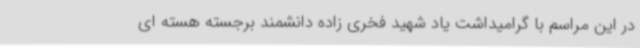
در این مراسم با گرامیداشت یاد شهید فخری زاده دانشمند برجسته هسته ای